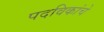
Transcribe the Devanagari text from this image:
पदविकांचे